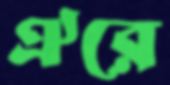
ঐরে